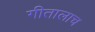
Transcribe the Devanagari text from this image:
गीतालाच